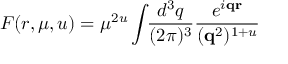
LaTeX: { \cal F } ( r , \mu , u ) = \mu ^ { 2 u } \int \! \! \frac { d ^ { 3 } q } { ( 2 \pi ) ^ { 3 } } \frac { e ^ { i { \bf q r } } } { ( { \bf q } ^ { 2 } ) ^ { 1 + u } }